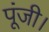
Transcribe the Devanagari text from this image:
पूंजी।